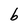
Character: b